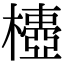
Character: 𣝄